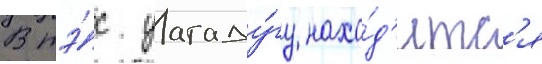
В тэ́с уагаду́гу нахо́д'итс'я